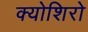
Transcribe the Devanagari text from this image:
क्योशिरो